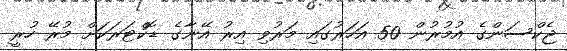
ޖެކްސަންގެ އުމުރުން 50 އަހަރުގައި މަރުވި އިރު އޭނާގެ ޑޮކްޓަރަކަށް މުރޭ ހުރީ